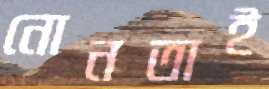
নোনতাই